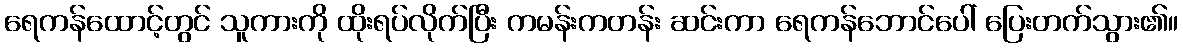
ရေကန်ထောင့်တွင် သူကားကို ထိုးရပ်လိုက်ပြီး ကမန်းကတန်း ဆင်းကာ ရေကန်ဘောင်ပေါ် ပြေးတက်သွား၏။